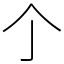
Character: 𠆤